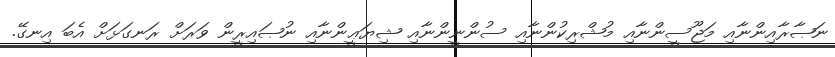
ނަޞާރާއިންނާއި މަޖޫސީންނާއި މުޝްރިކުންނާއި ސުންނީންނާއި ޝިޔަޢީންނާއި ނުޞައިރީން ވަރަށް ރަނގަޅަށް އެބަ އިނގޭ.